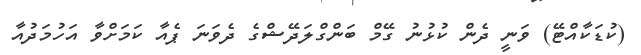
(ކުޑަކާއްޓޭ) ވަނީ ދެން ކުޅުނު ގޭމް ބަންގްލަދޭޝްގެ ދެވަނަ ޕެއާ ކަމަށްވާ އަހުމަދުއާ